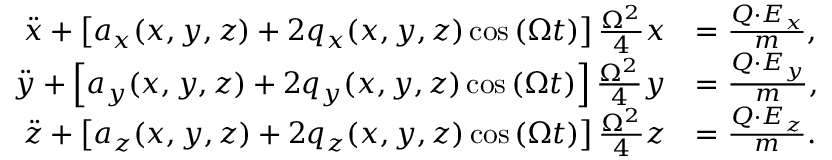
\begin{array} { r l } { \ddot { x } + \left[ a _ { x } ( x , y , z ) + 2 q _ { x } ( x , y , z ) \cos \left( \Omega t \right) \right] \frac { \Omega ^ { 2 } } { 4 } x } & { = \frac { Q \cdot E _ { x } } { m } , } \\ { \ddot { y } + \left[ a _ { y } ( x , y , z ) + 2 q _ { y } ( x , y , z ) \cos \left( \Omega t \right) \right] \frac { \Omega ^ { 2 } } { 4 } y } & { = \frac { Q \cdot E _ { y } } { m } , } \\ { \ddot { z } + \left[ a _ { z } ( x , y , z ) + 2 q _ { z } ( x , y , z ) \cos \left( \Omega t \right) \right] \frac { \Omega ^ { 2 } } { 4 } z } & { = \frac { Q \cdot E _ { z } } { m } . } \end{array}